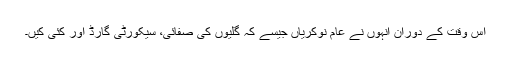
اس وقت کے دوران انہوں نے عام نوکریاں جیسے کہ گلیوں کی صفائی، سیکورٹی گارڈ اور کئی کیں۔